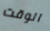
الوقت